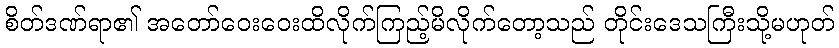
စိတ်ဒဏ်ရာ၏ အတော်ဝေးဝေးထိလိုက်ကြည့်မိလိုက်တော့သည် တိုင်းဒေသကြီးသို့မဟုတ်